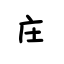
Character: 庄